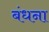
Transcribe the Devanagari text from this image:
बंधना